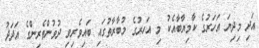
އަދި މިދިޔަ އަހަރުގެ ކާމިޔާބާއެކު މި އަހރުގެ މުބާރާތުގައި ބައިވެރިވި ދުވުންތެރިންގެ އަދަދު